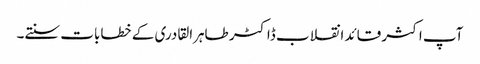
آپ اکثر قائد انقلاب ڈاکٹر طاہرالقادری کے خطابات سنتے۔